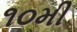
૧૦મી